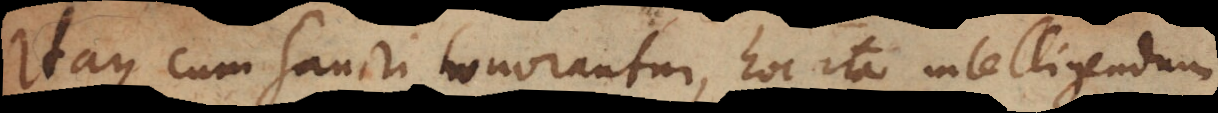
Itaque cum Sancti honorantur, hoc ita intelligendum